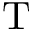
\mathrm { T }